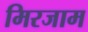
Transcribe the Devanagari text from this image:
मिरजाम